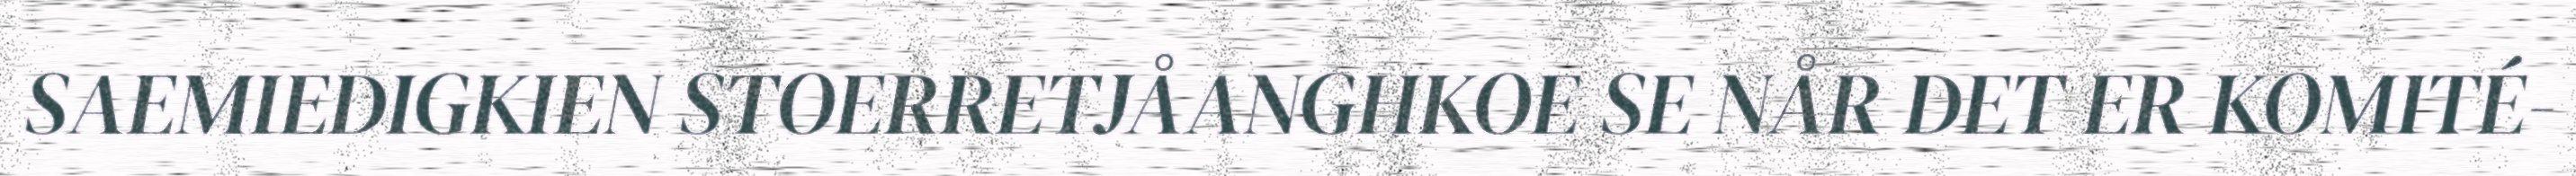
SAEMIEDIGKIEN STOERRETJÅANGHKOE SE NÅR DET ER KOMITÉ-